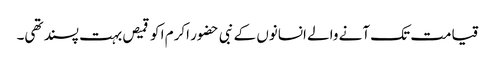
قیامت تک آنے والے انسانوں کے نبی حضور اکرم ا کو قمیص بہت پسند تھی۔